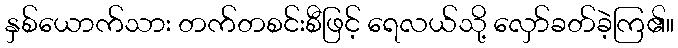
နှစ်ယောက်သား တက်တစင်းစီဖြင့် ရေလယ်သို့ လှော်ခတ်ခဲ့ကြ၏။